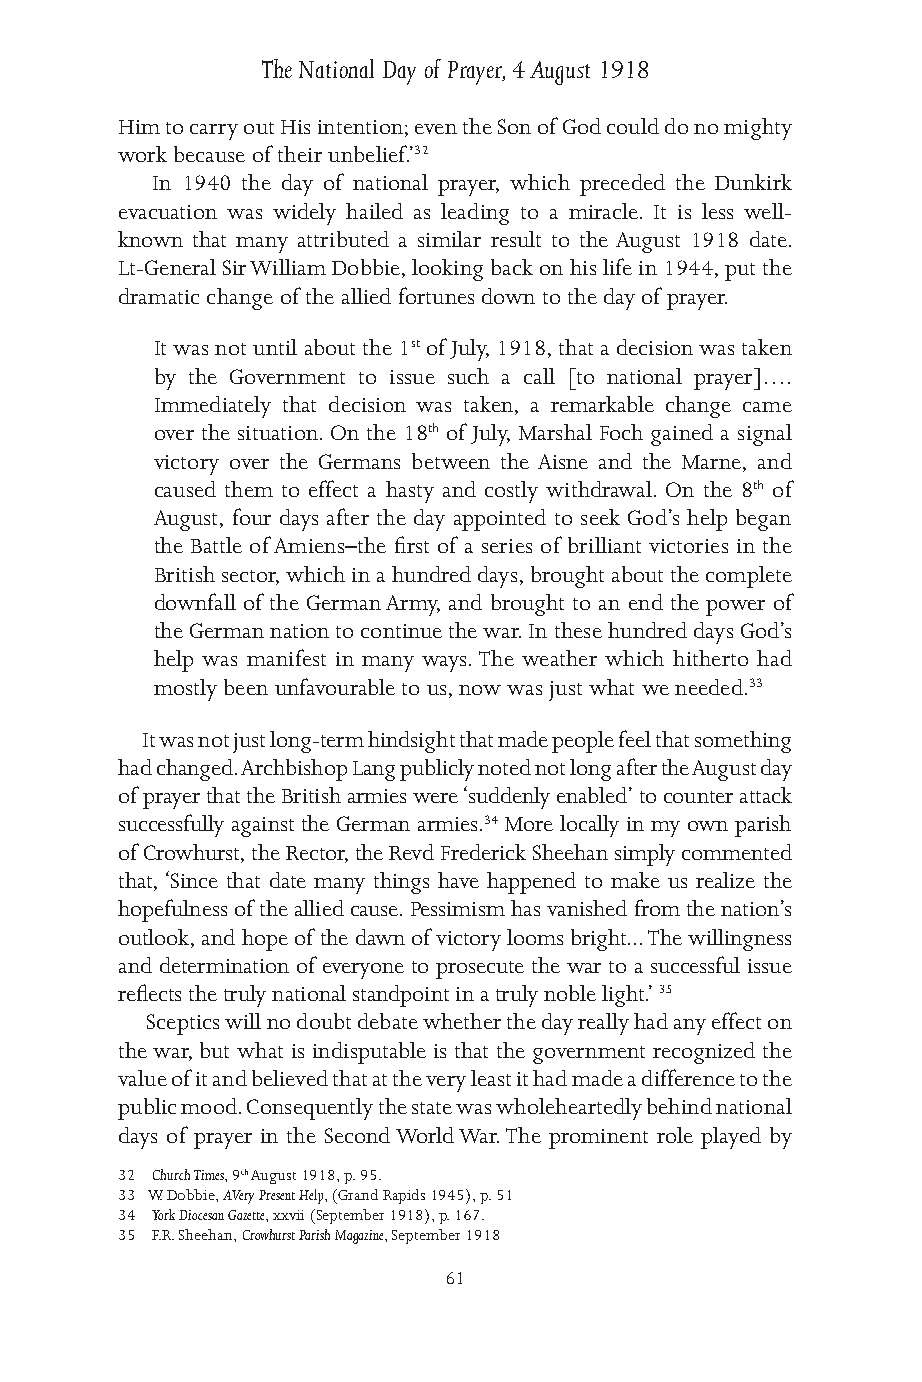
The National Day of Prayer, 4 August 1918
 Him to carry out His intention; even the Son of God could do no mighty
 work because of their unbelief.’32
 In 1940 the day of national prayer, which preceded the Dunkirk
 evacuation was widely hailed as leading to a miracle. It is less well-
 known that many attributed a similar result to the August 1918 date.
 Lt-General Sir William Dobbie, looking back on his life in 1944, put the
 dramatic change of the allied fortunes down to the day of prayer.
 It was not until about the 1st of July, 1918, that a decision was taken
 by the Government to issue such a call [to national prayer]….
 Immediately that decision was taken, a remarkable change came
 over the situation. On the 18th of July, Marshal Foch gained a signal
 victory over the Germans between the Aisne and the Marne, and
 caused them to effect a hasty and costly withdrawal. On the 8th of
 August, four days after the day appointed to seek God’s help began
 the Battle of Amiens–the first of a series of brilliant victories in the
 British sector, which in a hundred days, brought about the complete
 downfall of the German Army, and brought to an end the power of
 the German nation to continue the war. In these hundred days God’s
 help was manifest in many ways. The weather which hitherto had
 mostly been unfavourable to us, now was just what we needed.33
 It was not just long-term hindsight that made people feel that something
 had changed. Archbishop Lang publicly noted not long after the August day
 of prayer that the British armies were ‘suddenly enabled’ to counter attack
 successfully against the German armies.34 More locally in my own parish
 of Crowhurst, the Rector, the Revd Frederick Sheehan simply commented
 that, ‘Since that date many things have happened to make us realize the
 hopefulness of the allied cause. Pessimism has vanished from the nation’s
 outlook, and hope of the dawn of victory looms bright... The willingness
 and determination of everyone to prosecute the war to a successful issue
 reflects the truly national standpoint in a truly noble light.’ 35
 Sceptics will no doubt debate whether the day really had any effect on
 the war, but what is indisputable is that the government recognized the
 value of it and believed that at the very least it had made a difference to the
 public mood. Consequently the state was wholeheartedly behind national
 days of prayer in the Second World War. The prominent role played by
 32 Church Times, 9th August 1918, p. 95.
 33 W. Dobbie, A Very Present Help, (Grand Rapids 1945), p. 51
 34 York Diocesan Gazette, xxvii (September 1918), p. 167.
 35 F.R. Sheehan, Crowhurst Parish Magazine, September 1918
 61